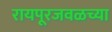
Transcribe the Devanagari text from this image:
रायपूरजवळच्या